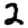
Digit: 2